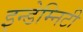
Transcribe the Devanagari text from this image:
इन्डेम्निटी